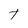
Character: T